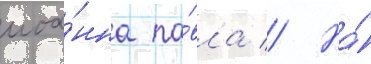
иоа́нна па́вла // На́